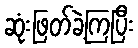
ဆုံးဖြတ်ခဲ့ကြပြီး